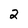
Character: 2